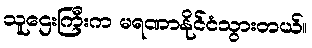
သူဌေးကြီးက မရဏာနိုင်ငံသွားတယ်။